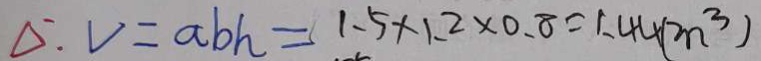
\Delta : V = a b h = 1 . 5 \times 1 . 2 \times 0 . 8 = 1 . 4 4 ( m ^ { 3 } )